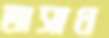
অসাধ